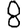
Digit: 8